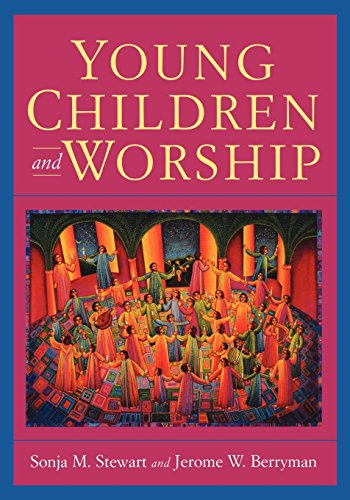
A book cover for Young Children and Worship; Sonja M. Stewart; Christian Books & Bibles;